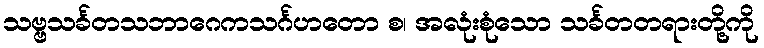
သဗ္ဗသင်္ခတသဘာဂေကသင်္ဂဟတော စ၊ အလုံးစုံသော သင်္ခတတရားတို့ကို